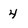
Character: 4